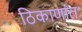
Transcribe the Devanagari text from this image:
ठिकाणांत